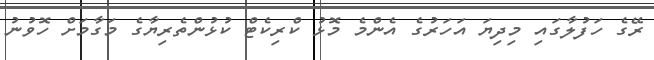
ރޭގެ ހަފުލާގައި މިދިޔަ އަހަރުގެ އެންމެ މޮޅު ކްރިކެޓް ކުޅުންތެރިޔާގެ މަގާމަށް ހޮވުނު